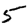
Digit: 5